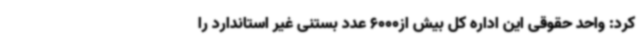
کرد: واحد حقوقی این اداره کل بیش از6000 عدد بستنی غیر استاندارد را